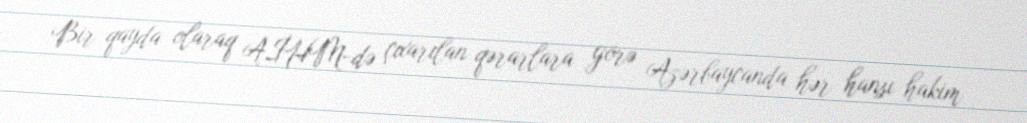
Bir qayda olaraq AİHM-də çıxarılan qərarlara görə Azərbaycanda hər hansı hakim